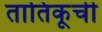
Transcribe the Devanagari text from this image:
तातिकूची